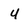
Character: 4